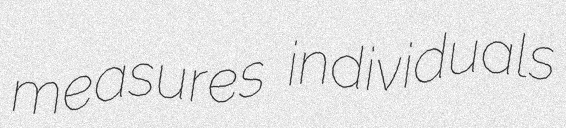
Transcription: measures individuals